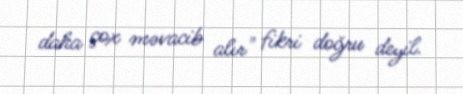
daha çox məvacib alır" fikri doğru deyil.